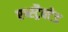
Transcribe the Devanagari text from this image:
एब्स्ट्रैक्टेड